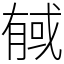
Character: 戫